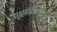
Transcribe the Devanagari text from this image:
सूक्ष्मजीवतज्ज्ञ